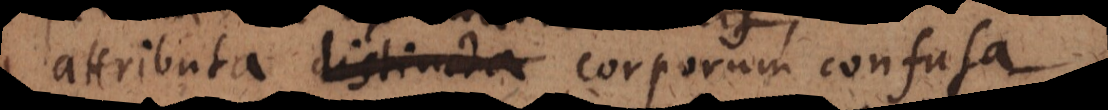
attributa distincta corporum confusa